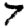
Digit: 7